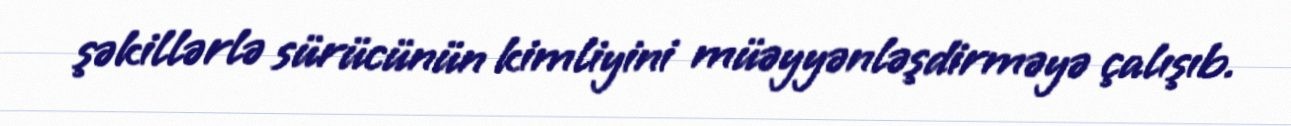
şəkillərlə sürücünün kimliyini müəyyənləşdirməyə çalışıb.